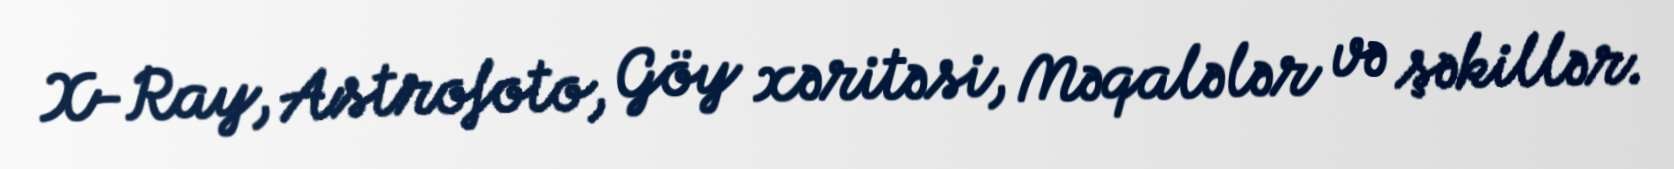
X-Ray, Astrofoto, Göy xəritəsi, Məqalələr və şəkillər.